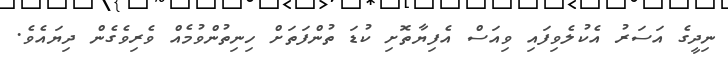
ނިދީގެ އަސަރު އެކުލެވިފައި ވިއަސް އެފިޔާތޮށި ކުޑަ ތުންފަތަށް ހިނިތުންވުމެއް ވެރިވެގެން ދިޔައެވެ.